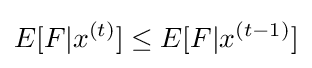
E[F|x^{(t)}]\leq E[F|x^{(t-1)}]